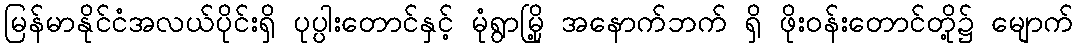
မြန်မာနိုင်ငံအလယ်ပိုင်းရှိ ပုပ္ပါးတောင်နှင့် မုံရွာမြို့ အနောက်ဘက် ရှိ ဖိုးဝန်းတောင်တို့၌ မျောက်